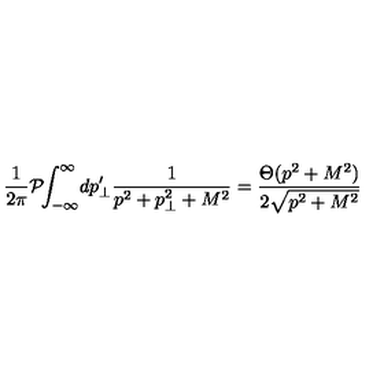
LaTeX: \frac { 1 } { 2 \pi } \mathcal { P } \! \! \int _ { - \infty } ^ { \infty } \! d p _ { \perp } ^ { \prime } \frac { 1 } { p ^ { 2 } + p _ { \perp } ^ { 2 } + M ^ { 2 } } = \frac { \Theta ( p ^ { 2 } + M ^ { 2 } ) } { 2 \sqrt { p ^ { 2 } + M ^ { 2 } } }